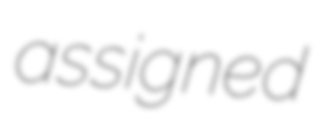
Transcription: assigned